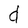
Character: d